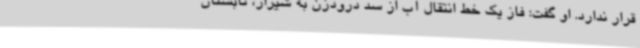
قرار ندارد. او گفت: فاز یک خط انتقال آب از سد درودزن به شیراز، تابستان